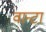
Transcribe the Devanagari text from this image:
वान्टा